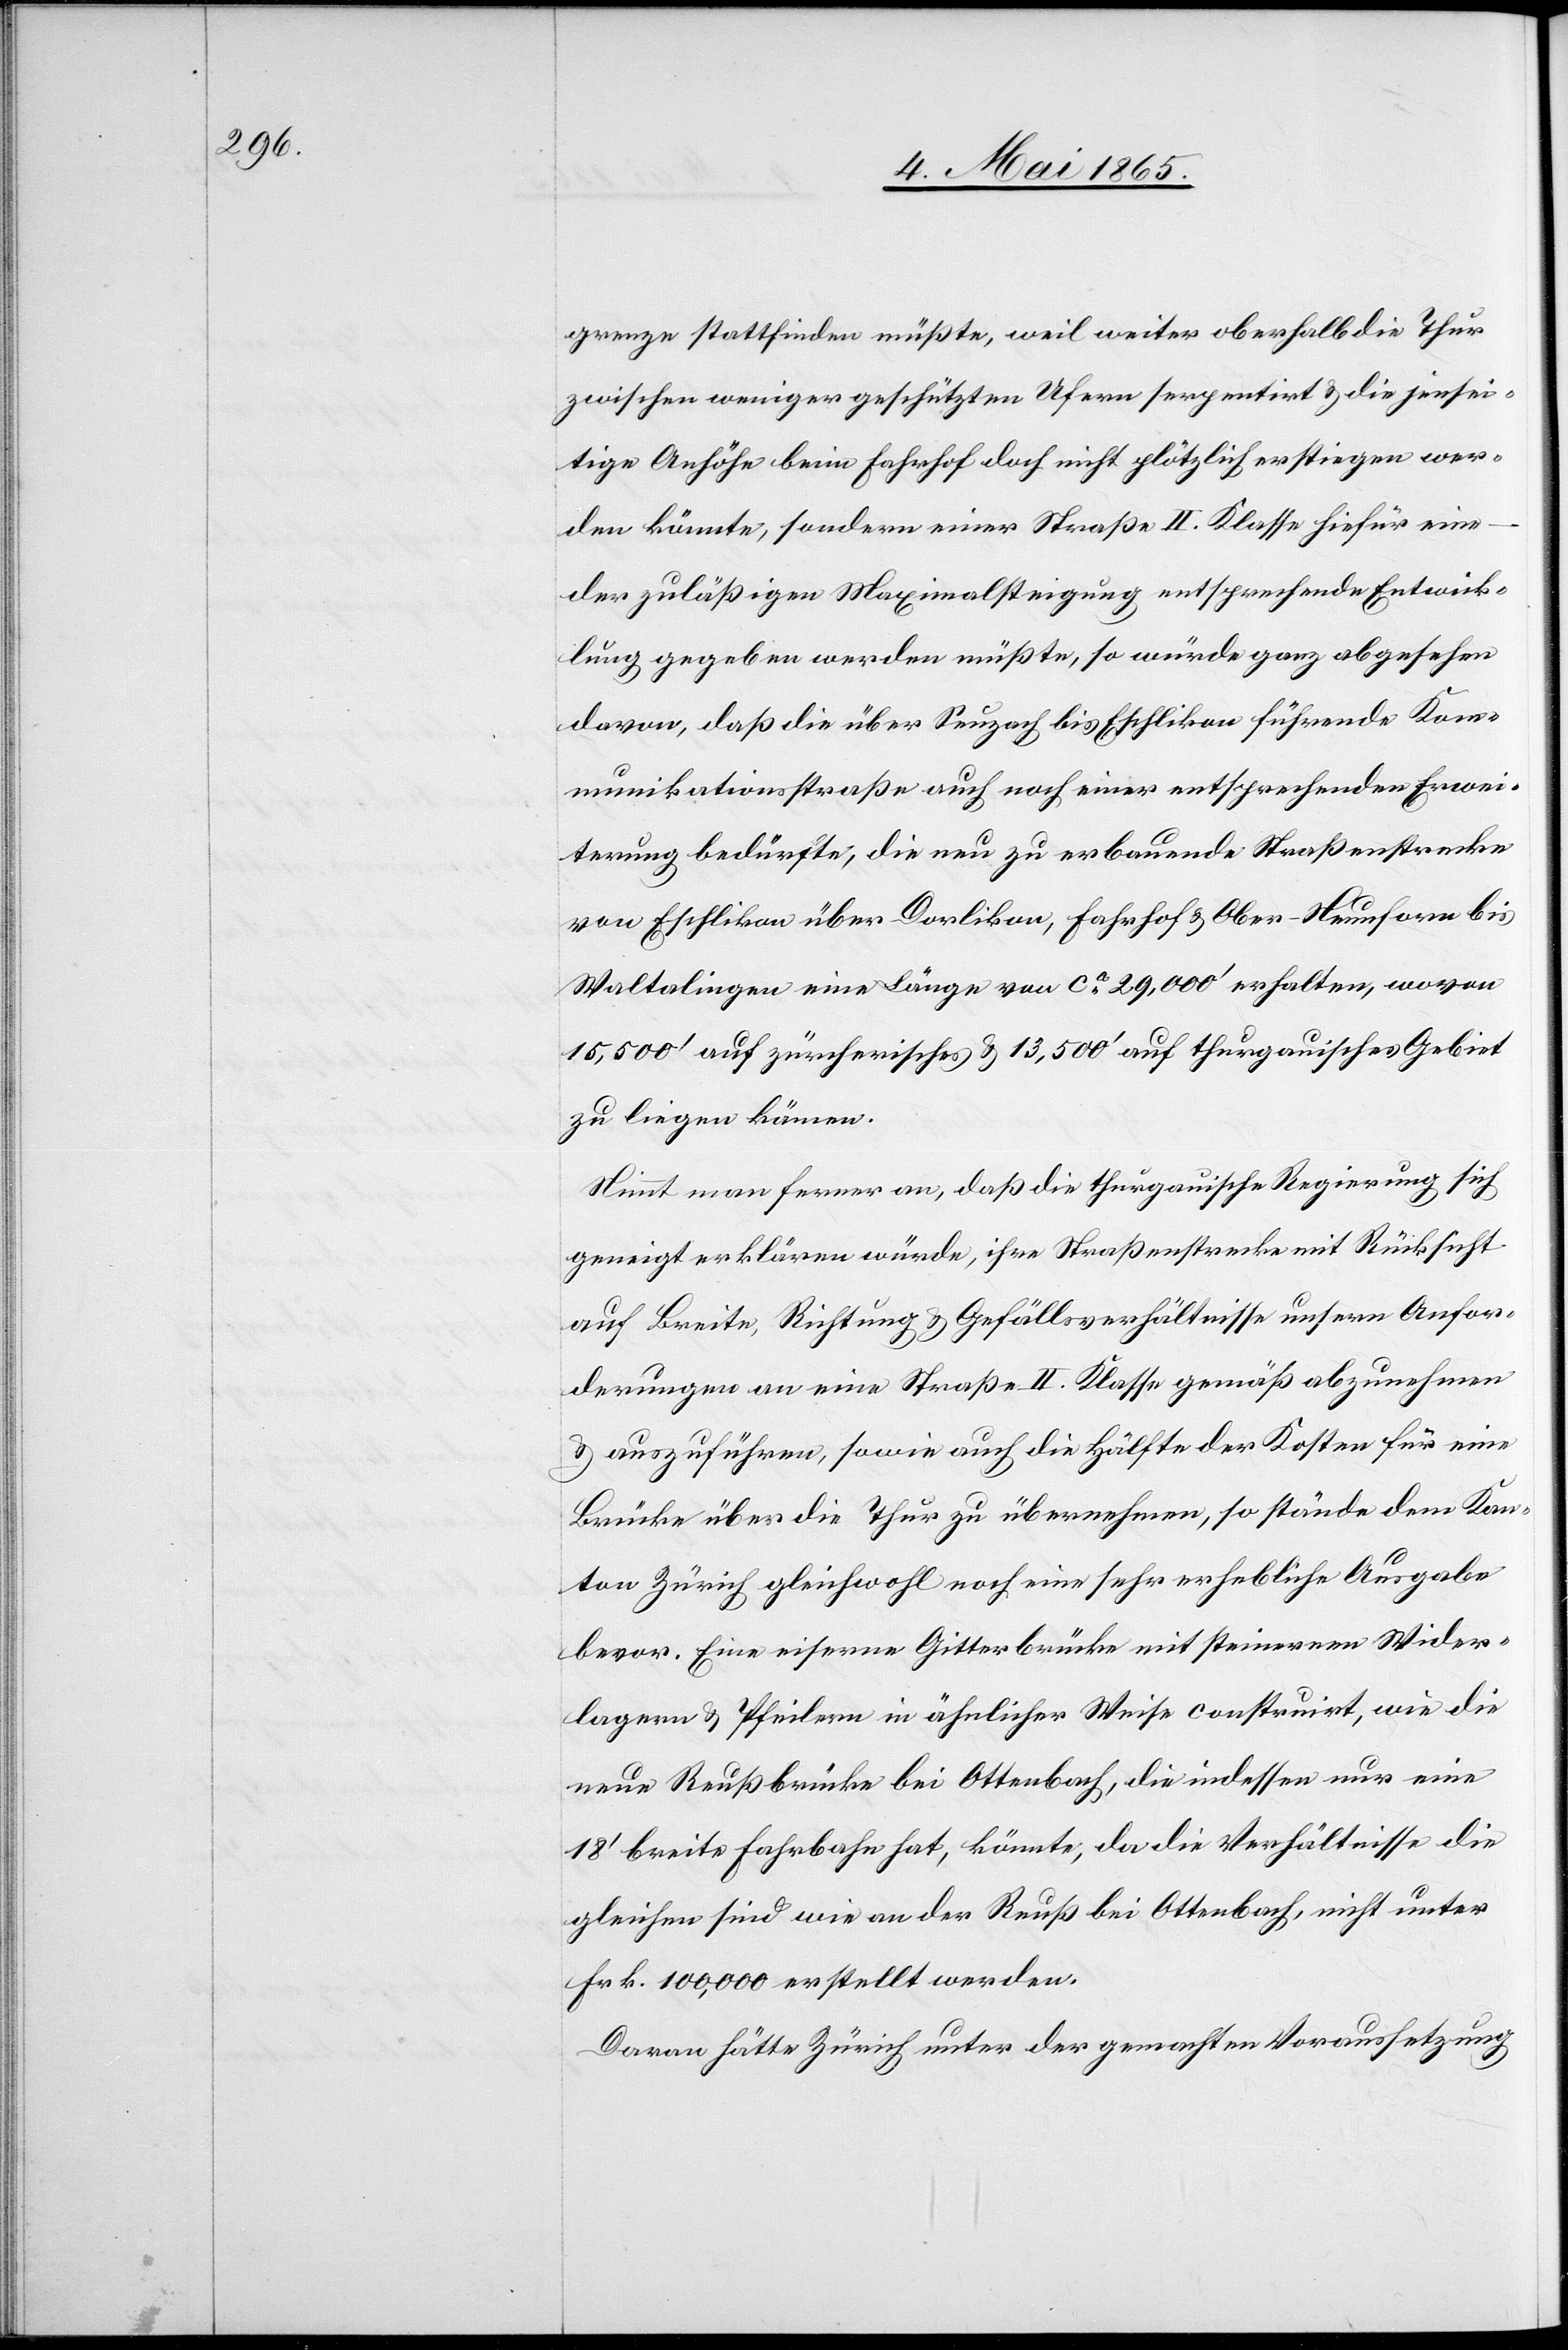
grenze stattfinden müßte, weil weiter oberhalb die Thur
zwischen weniger geschützten Ufern serpentirt & die jensei¬
tige Anhöhe beim Fahrhof doch nicht plötzlich erstiegen wer¬
den könnte, sondern einer Straße II. Klasse hiefür eine
der zuläßigen Maximalsteigerung entsprechende Entwick¬
lung gegeben werden müßte, so würde ganz abgesehen
davon, daß die über Seuzach bis Eschlikon führende Kom¬
munikationsstraße auch noch einer entsprechenden Erwei¬
terung bedürfte, die neu zu erbauende Straßenstrecke
von Eschlikon über Dorlikon, Fahrhof & Ober-Neunforn bis
Waltalingen eine Länge von ca 29,000’ erhalten, wovon
15,500’ auf zürcherisches & 13,500’ auf thurgauisches Gebiet
zu liegen kämen.
Nimmt man ferner an, daß die thurgauische Regierung sich
geneigt erklären würde, ihre Straßenstrecke mit Rücksicht
auf Breite, Richtung & Gefällsverhältnisse unsern Anfor¬
derungen an eine Straße II. Klasse gemäß abzunehmen
& auszuführen, sowie auch die Hälfte der Kosten für eine
Brücke über die Thur zu übernehmen, so stände dem Kan¬
ton Zürich gleichwohl noch eine sehr erhebliche Ausgabe
bevor. Eine eiserne Gitterbrücke mit steinernen Wider¬
lagern & Pfeilern in ähnlicher Weise construirt, wie die
neue Reußbrücke bei Ottenbach, die indessen nur eine
18’ breite Fahrbahn hat, könnte, da die Verhältnisse die
gleichen sind wie an der Reuß bei Ottenbach, nicht unter
Frk. 100,000 erstellt werden.
Davon hätte Zürich unter der gemachten Voraussetzung